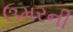
ઉમરની